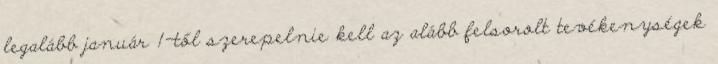
legalább január 1-től szerepelnie kell az alább felsorolt tevékenységek